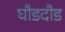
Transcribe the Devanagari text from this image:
घौडदौड